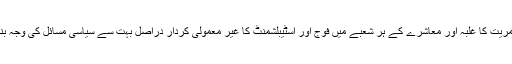
آمریت کا غلبہ اور معاشرے کے ہر شعبے میں فوج اور اسٹیبلشمنٹ کا غیر معمولی کردار دراصل بہت سے سیاسی مسائل کی وجہ بنا۔